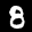
Label: 8